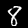
Digit: 8